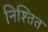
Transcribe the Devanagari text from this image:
निश्तित